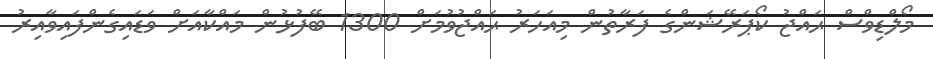
މޯލްޑިވްސް ޙައްޖު ކޯޕަރޭޝަންގެ ފަރާތުން މިއަހަރު ޙައްޖުވުމަށް 1300 ބޭފުޅުން މައްކާއަށް ވަޑައިގެންފައިވާއިރު